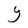
Character: Y